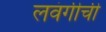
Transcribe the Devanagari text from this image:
लवंगीची